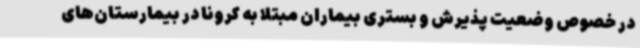
در خصوص وضعیت پذیرش و بستری بیماران مبتلا به کرونا در بیمارستان‌های